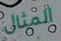
المثال